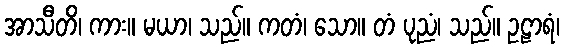
အာသီတိ၊ ကား။ မယာ၊ သည်။ ကတံ၊ သော။ တံ ပုညံ၊ သည်။ ဥဠာရံ၊